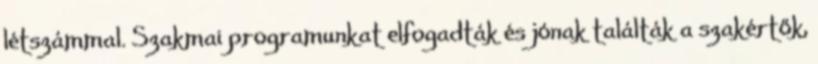
létszámmal. Szakmai programunkat elfogadták és jónak találták a szakértők,